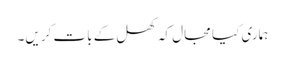
ہماری کیا مجال کہ کھل کے بات کریں۔